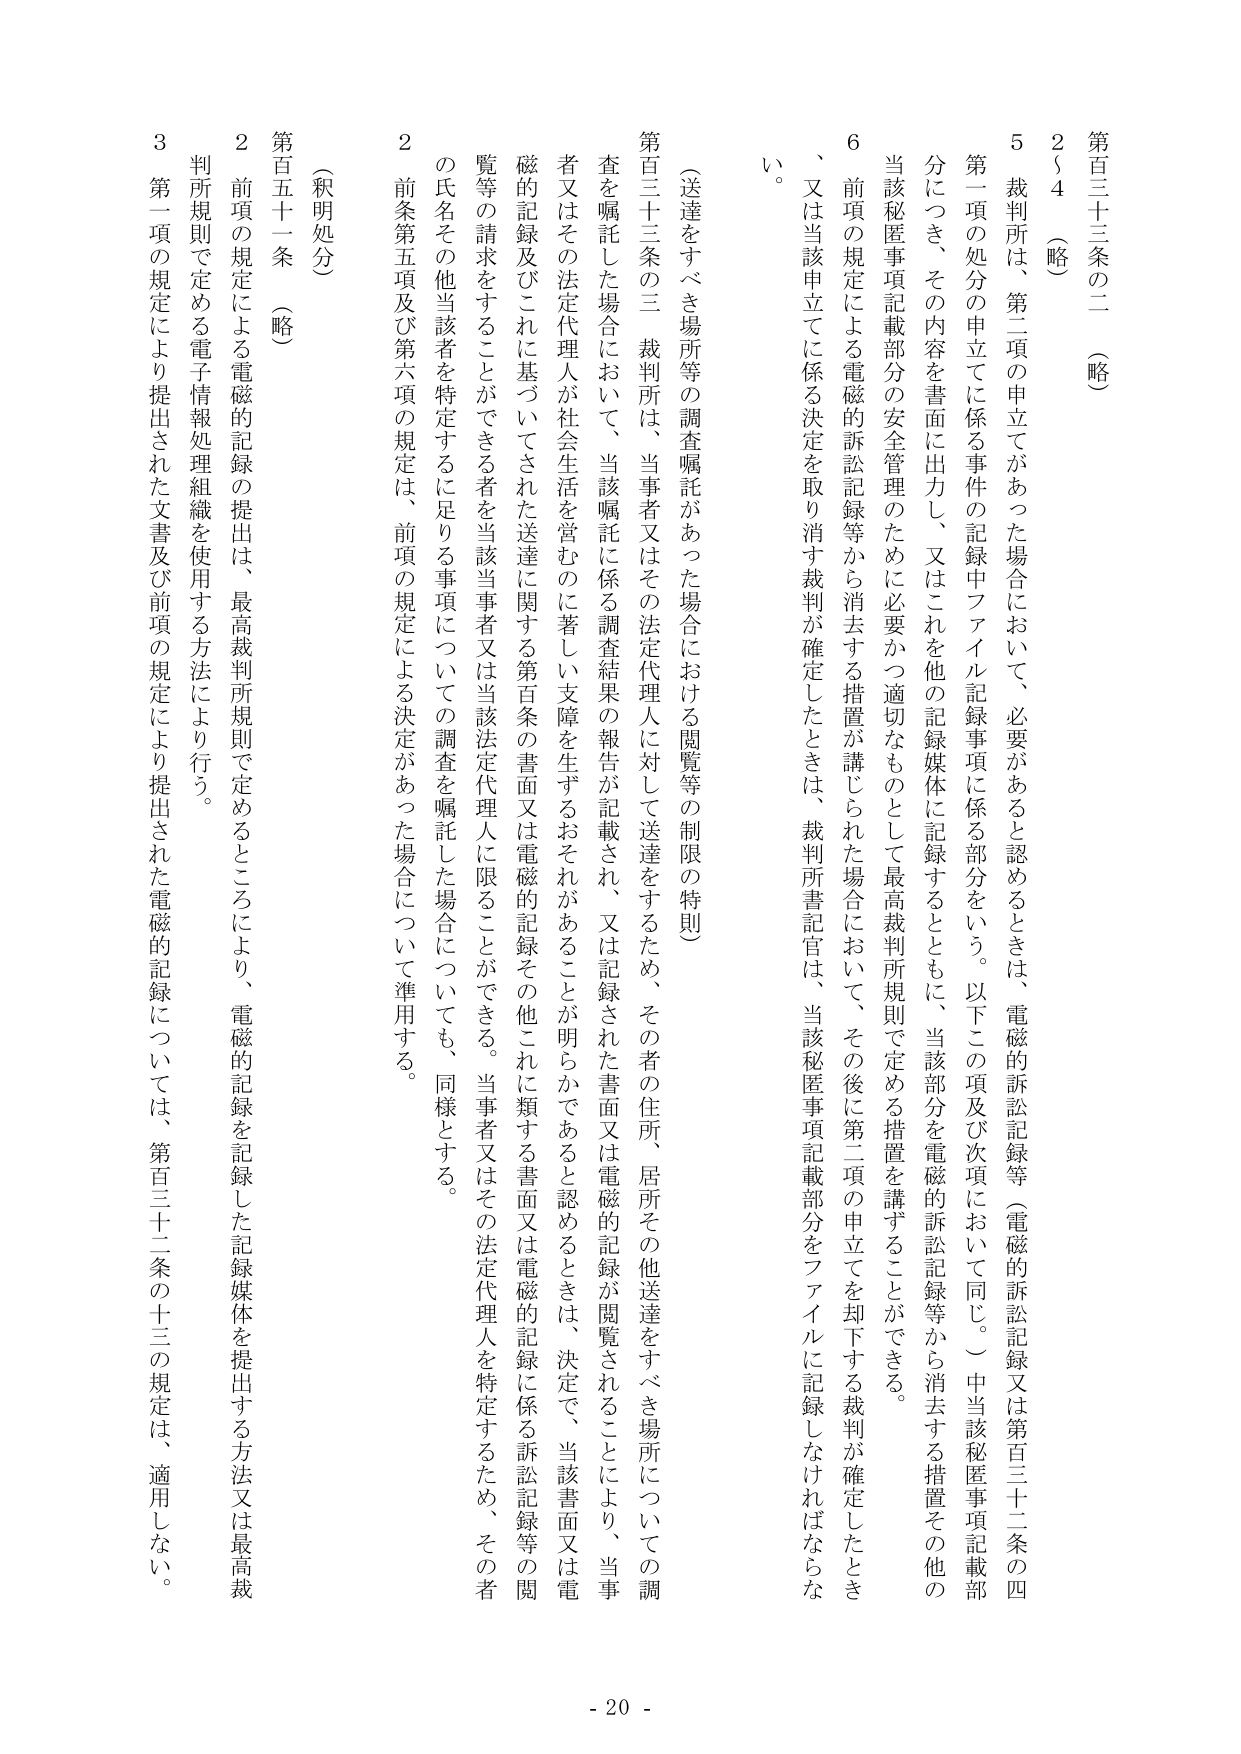
第百三十三条の二（略）

２～４（略）

５ 裁判所は、第二項の申立てがあった場合において、必要があると認めるときは、電磁的訴訟記録等（電磁的訴訟記録又は第百三十二条の四第一項の処分の申立てに係る事件の記録中ファイル記録事項に係る部分をいう。以下この項及び次項において同じ。）中当該秘匿事項記載部分につき、その内容を書面に出力し、又はこれを他の記録媒体に記録するとともに、当該部分を電磁的訴訟記録等から消去する措置その他の当該秘匿事項記載部分の安全管理のために必要かつ適切なものとして最高裁判所規則で定める措置を講ずることができる。

６ 前項の規定による電磁的訴訟記録等から消去する措置が講じられた場合において、その後に第二項の申立てを却下する裁判が確定したときは、又は当該申立てに係る決定を取り消す裁判が確定したときは、裁判所書記官は、当該秘匿事項記載部分をファイルに記録しなければならない。

（送達をすべき場所等の調査嘱託があった場合における閲覧等の制限の特則）

第百三十三条の三 裁判所は、当事者又はその法定代理人に対して送達をするため、その者の住所、居所その他送達をすべき場所についての調査を嘱託した場合において、当該嘱託に係る調査結果の報告が記載され、又は記録された書面又は電磁的記録が閲覧されることにより、当事者又はその法定代理人が社会生活を営むのに著しい支障を生ずるおそれがあることが明らかであると認めるときは、決定で、当該書面又は電磁的記録及びこれに基づいてされた送達に関する第百条の書面又は電磁的記録その他これに類する書面又は電磁的記録に係る訴訟記録等の閲覧等の請求をすることができる者を当該当事者又は当該法定代理人に限ることができる。当事者又はその法定代理人を特定するため、その者の氏名その他当該者を特定するに足りる事項についての調査を嘱託した場合についても、同様とする。

２ 前条第五項及び第六項の規定は、前項の規定による決定があった場合について準用する。

（釈明処分）

第百五十一条（略）

２ 前項の規定による電磁的記録の提出は、最高裁判所規則で定めるところにより、電磁的記録を記録した記録媒体を提出する方法又は最高裁判所規則で定める電子情報処理組織を使用する方法により行う。

３ 第一項の規定により提出された文書及び前項の規定により提出された電磁的記録については、第百三十二条の十三の規定は、適用しない。

- 20 -